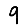
Digit: 9